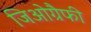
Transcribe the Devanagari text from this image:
जिओग्रैफी